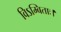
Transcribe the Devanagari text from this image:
विऽम्बिताः।